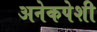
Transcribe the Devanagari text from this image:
अनेकपेशी